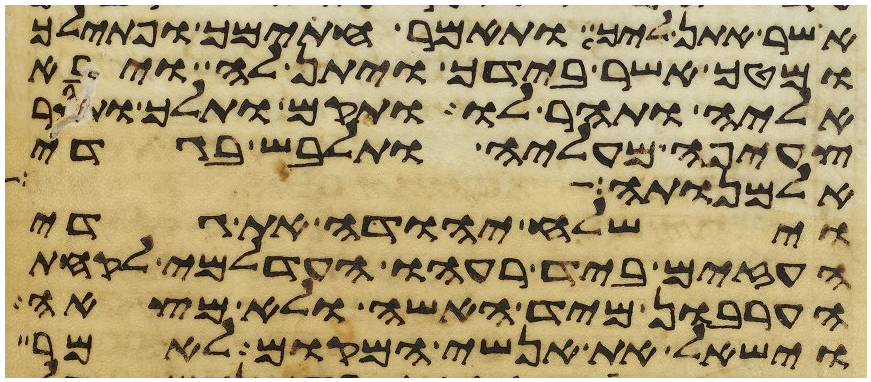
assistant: אשר אתן ליך ותאמר חתימך ופתילך
ומטך אשר בידך ויתן לה ויבא
אליה ותהר לו ותקם ותלך ותסר
צעיפה מעליה ותלבש בגדי
אלמנותה
וישלח יהודה את גדי
העזים ביד רעהו העדלמי לקחת
הערבון מיד האשה ולא מצאה
וישאל את אנשי המקום לאמר